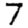
Digit: 7